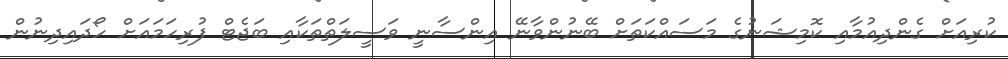
ކުރިއަށް ގެންދިއުމާއި ކޮމިޝަނުގެ މަސައްކަތަށް ބޭނުންވާނޭ އިންސާނީ ވަސީލަތްތަކާއި ބަޖެޓް ފުރިހަމައަށް ހޯދައިދިނުން